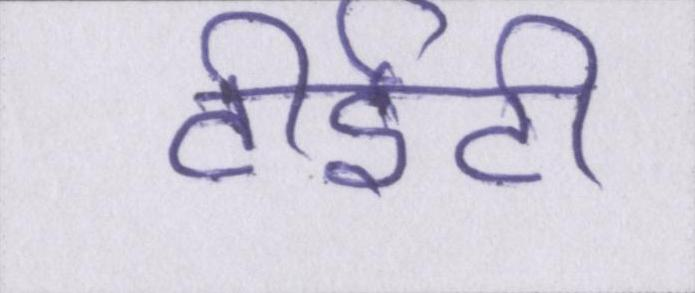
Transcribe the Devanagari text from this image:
टीईटी